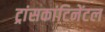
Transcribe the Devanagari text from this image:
ट्रांसकांटिनेंटल